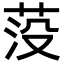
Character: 莈